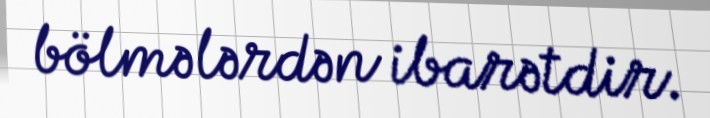
bölmələrdən ibarətdir.